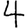
Digit: 4